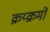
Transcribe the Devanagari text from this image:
क्रय्क्रमों